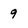
Character: 9